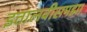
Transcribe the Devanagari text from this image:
इतालवीसमझा